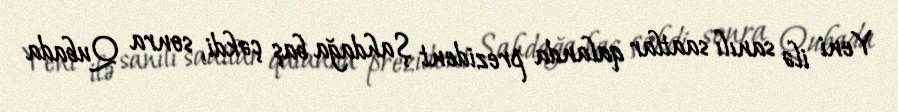
Yeni ilə sanılı saatlar qalanda prezident Şahdağa baş çəkdi, sonra Qubada